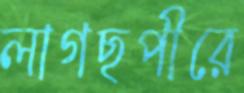
লাগছপীরে